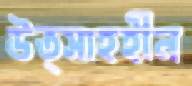
উত্সাহহীন